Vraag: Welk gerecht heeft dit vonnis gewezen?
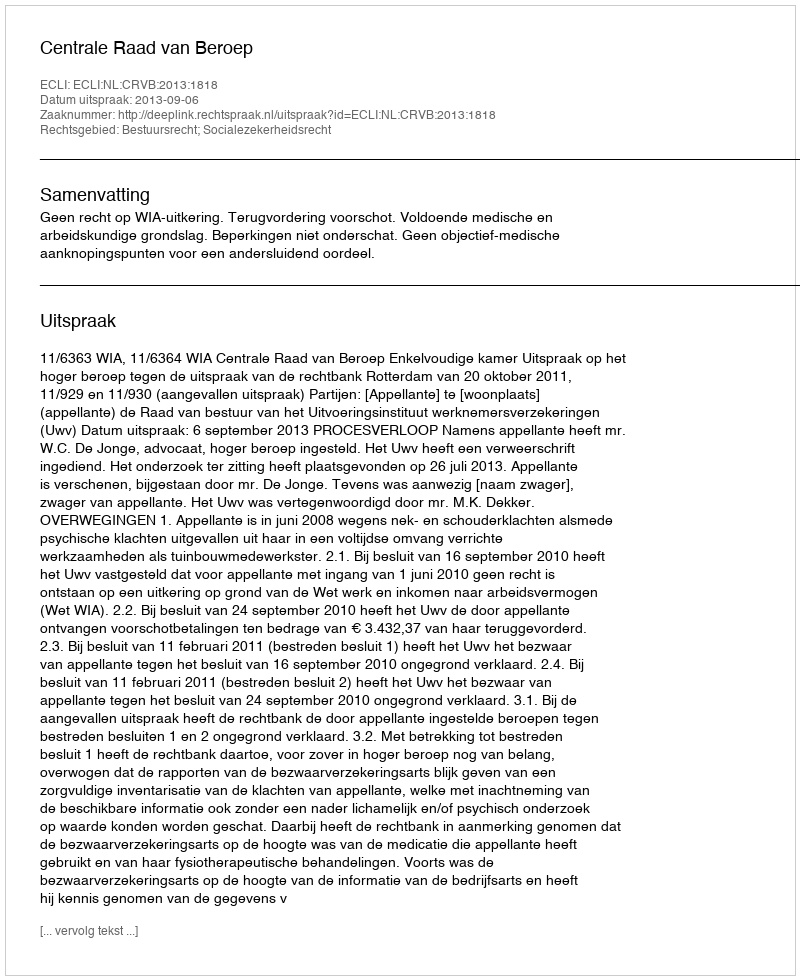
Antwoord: Centrale Raad van Beroep